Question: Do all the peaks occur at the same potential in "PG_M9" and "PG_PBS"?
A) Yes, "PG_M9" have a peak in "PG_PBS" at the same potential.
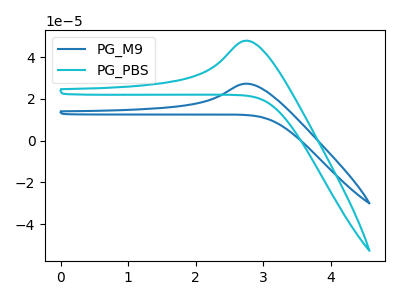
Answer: <think>The blue curve "PG_M9" has an anodic peak at: (2.75V, 27.30uA). The cyan curve "PG_PBS" has an anodic peak at: (2.75V, 47.95uA).</think>
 <answer>A) Yes, "PG_M9" have a peak in "PG_PBS" at the same potential.</answer>
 <eval>A</eval>